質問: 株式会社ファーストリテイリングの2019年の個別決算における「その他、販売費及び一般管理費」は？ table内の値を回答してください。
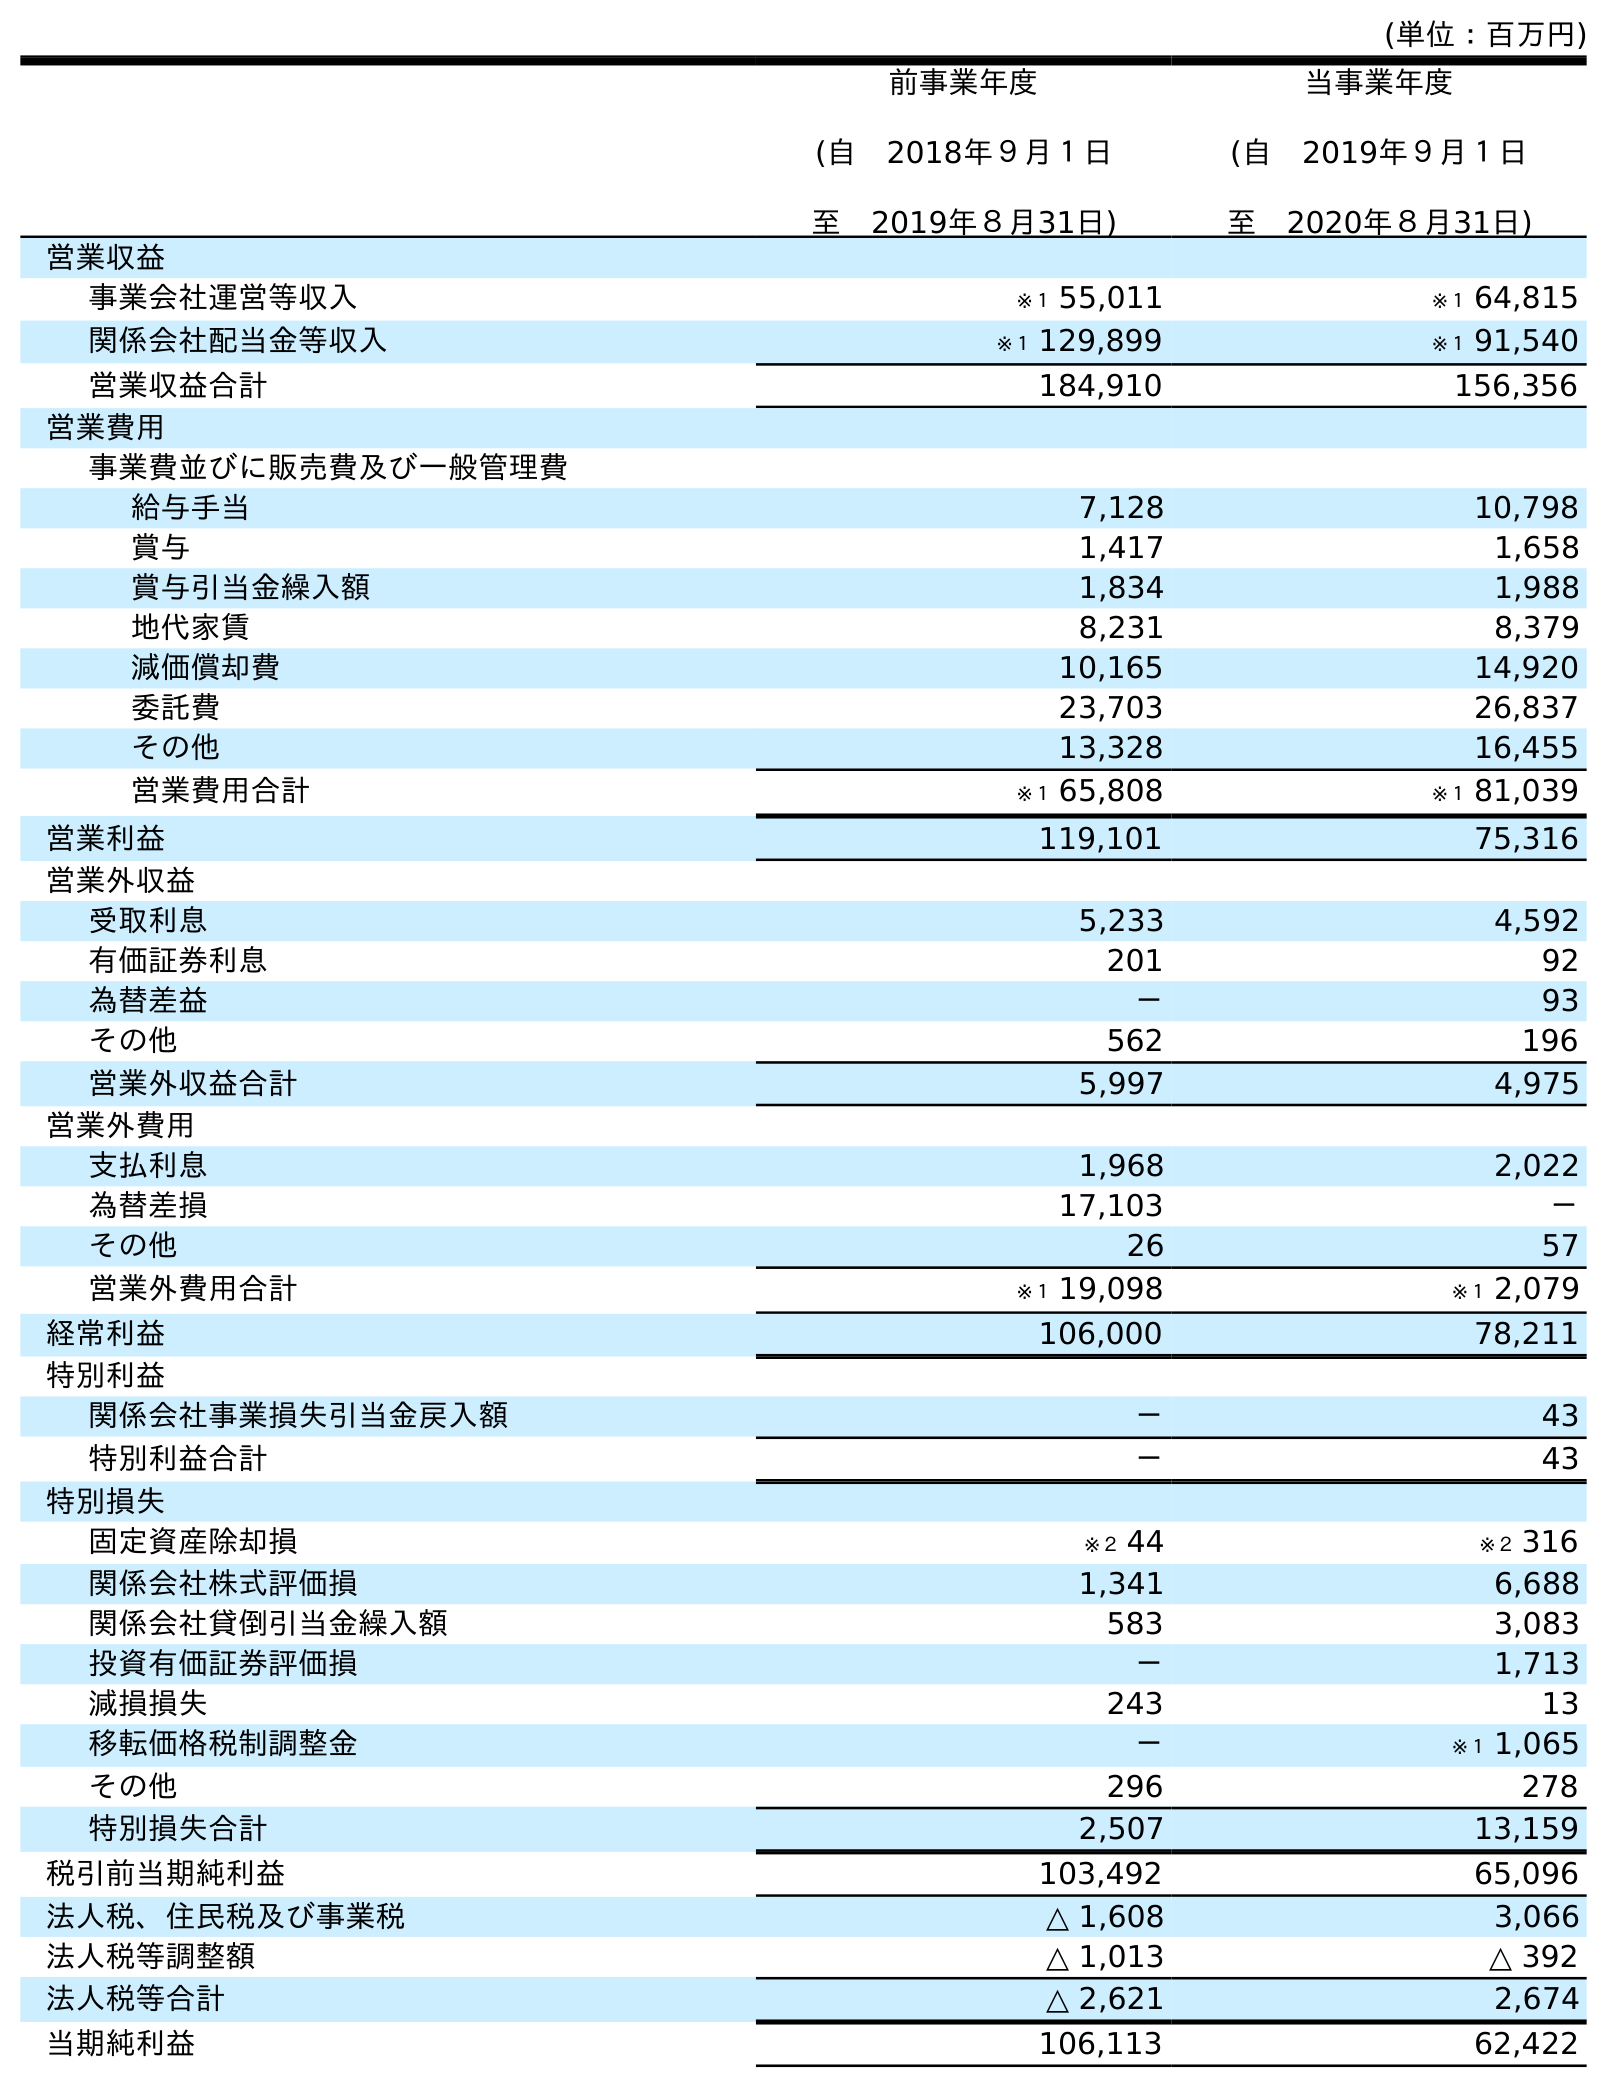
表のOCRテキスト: (単位：百万円) 前事業年度 (自 2018年９月１日 至 2019年８月31日) 当事業年度 (自 2019年９月１日 至 2020年８月31日) 営業収益 事業会社運営等収入 ※１ 55,011 ※１ 64,815 関係会社配当金等収入 ※１ 129,899 ※１ 91,540 営業収益合計 184,910 156,356 営業費用 事業費並びに販売費及び一般管理費 給与手当 7,128 10,798 賞与 1,417 1,658 賞与引当金繰入額 1,834 1,988 地代家賃 8,231 8,379 減価償却費 10,165 14,920 委託費 23,703 26,837 その他 13,328 16,455 営業費用合計 ※１ 65,808 ※１ 81,039 営業利益 119,101 75,316 営業外収益 受取利息 5,233 4,592 有価証券利息 201 92 為替差益 － 93 その他 562 196 営業外収益合計 5,997 4,975 営業外費用 支払利息 1,968 2,022 為替差損 17,103 － その他 26 57 営業外費用合計 ※１ 19,098 ※１ 2,079 経常利益 106,000 78,211 特別利益 関係会社事業損失引当金戻入額 － 43 特別利益合計 － 43 特別損失 固定資産除却損 ※２ 44 ※２ 316 関係会社株式評価損 1,341 6,688 関係会社貸倒引当金繰入額 583 3,083 投資有価証券評価損 － 1,713 減損損失 243 13 移転価格税制調整金 － ※１ 1,065 その他 296 278 特別損失合計 2,507 13,159 税引前当期純利益 103,492 65,096 法人税、住民税及び事業税 △ 1,608 3,066 法人税等調整額 △ 1,013 △ 392 法人税等合計 △ 2,621 2,674 当期純利益 106,113 62,422
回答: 13,328